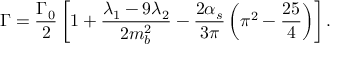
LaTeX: \Gamma = \frac { \Gamma _ { 0 } } 2 \left[ 1 + \frac { \lambda _ { 1 } - 9 \lambda _ { 2 } } { 2 m _ { b } ^ { 2 } } - \frac { 2 \alpha _ { s } } { 3 \pi } \left( \pi ^ { 2 } - \frac { 2 5 } { 4 } \right) \right] .